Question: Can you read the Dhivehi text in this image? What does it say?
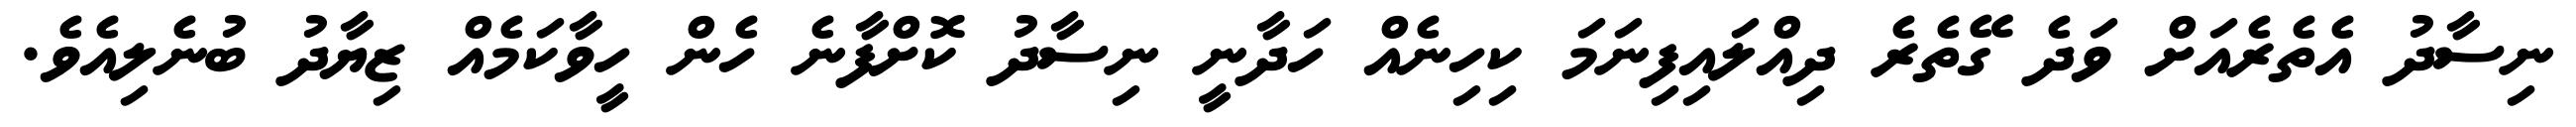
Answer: ނިސާދު އެތެރެއަށް ވަދެ ގޭތެރެ ދިއްލައިފިނަމަ ކިހިނެއް ހަދާނީ ނިސާދު ކޮށްފާނެ ހެން ހީވާކަމެއް ޒިޔާދު ބުނެލިއެވެ.